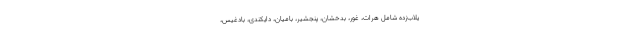
یلاب‌زده شامل هرات، غور، بدخشان، پنجشیر، بامیان، دایکندی، بادغیس،